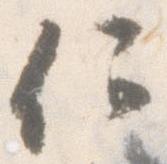
何